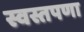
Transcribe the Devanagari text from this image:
स्वस्तपणा